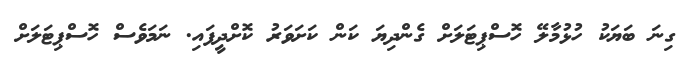
ގިނަ ބަޔަކު ހުޅުމާލޭ ހޮސްޕިޓަލަށް ގެންދިޔަ ކަން ކަށަވަރު ކޮށްދީފައި. ނަމަވެސް ހޮސްޕިޓަލަށް